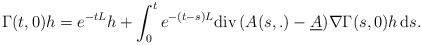
LaTeX: \begin{align*}\Gamma(t,0)h = e^{-tL}h + \int_0^t e^{-(t-s)L}{\rm div}\,(A(s,.)-\underline{A})\nabla \Gamma(s,0)h\,{\rm d}s.\end{align*}